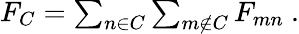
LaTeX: \begin{array}{r}{F_{C}=\sum_{n\in C}\sum_{m\not\in C}F_{mn}\ .}\end{array}